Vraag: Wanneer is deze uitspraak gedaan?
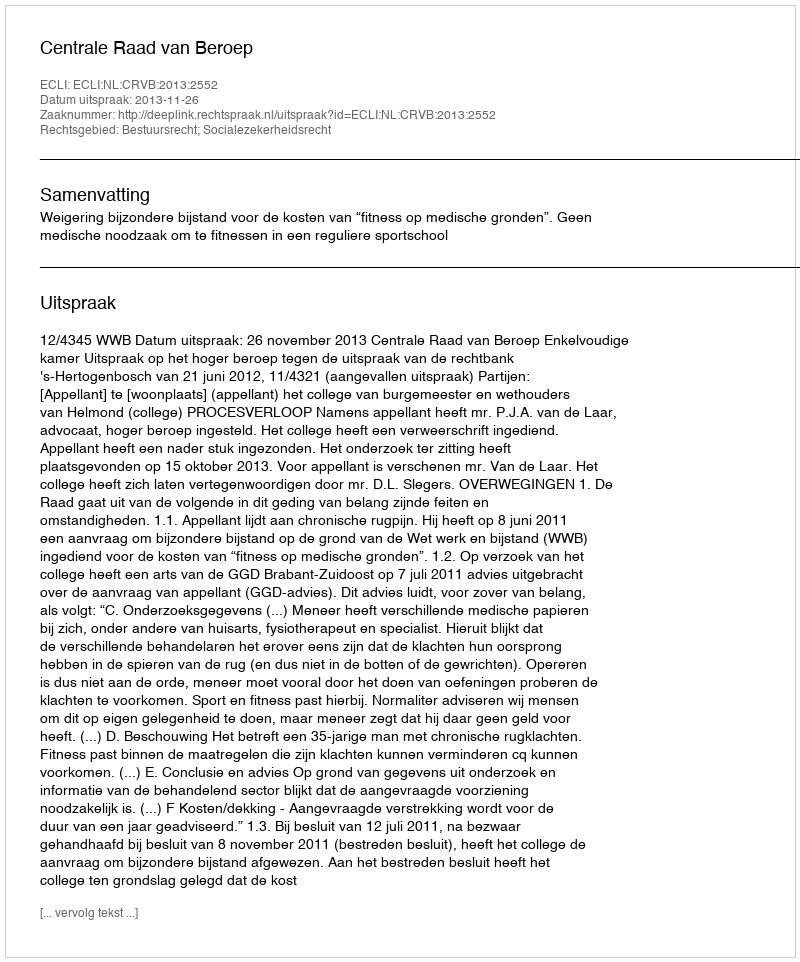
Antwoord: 2013-11-26